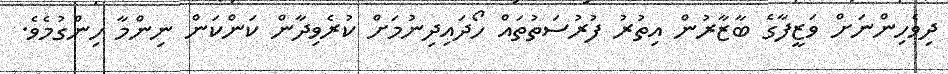
ދިވެހިންނަށް ވަޒީފާގެ ބާޒާރުން އިތުރު ފުރުސަތުތައް ހޯދައިދިނުމަށް ކުރެވިދާން ކަންކަން ނިންމާ ހިންގުމެވެ.